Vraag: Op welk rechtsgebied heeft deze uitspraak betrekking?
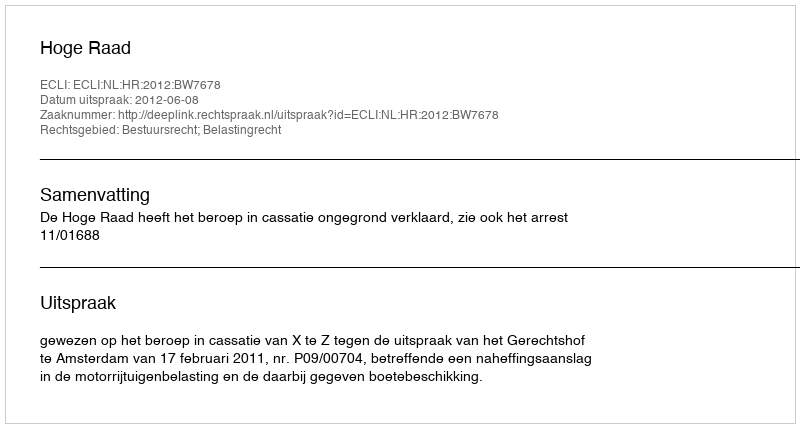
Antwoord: Bestuursrecht; Belastingrecht